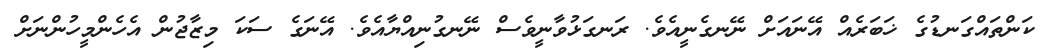
ކަންތައްގަނޑުގެ ޚަބަރެއް އޭނައަށް ނޭނގެނީއެވެ. ރަނގަޅުވާނީވެސް ނޭނގުނިއްޔާއެވެ. އޭނަގެ ސަކަ މިޒާޖުން އެހެންމީހުންނަށް